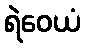
ရဲဝေယံ